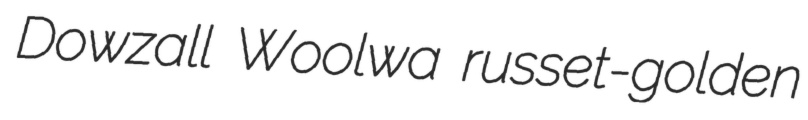
Dowzall Woolwa russet-golden